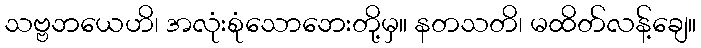
သဗ္ဗဘယေဟိ၊ အလုံးစုံသောဘေးတို့မှ။ နတသတိ၊ မထိတ်လန့်ချေ။